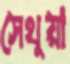
সেথুয়া